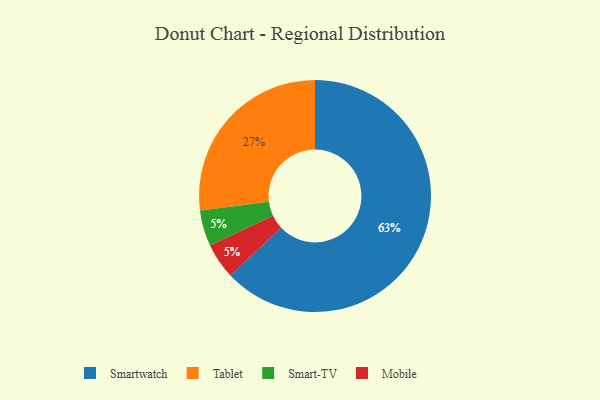
{"axis": {"x": "Category", "y": "Percentage"}, "legend": ["Mobile", "Smart-TV", "Smartwatch", "Tablet"], "data": [{"x": "Smart-TV", "y": 5, "type": "Smart-TV"}, {"x": "Mobile", "y": 5, "type": "Mobile"}, {"x": "Tablet", "y": 27, "type": "Tablet"}, {"x": "Smartwatch", "y": 63, "type": "Smartwatch"}]}